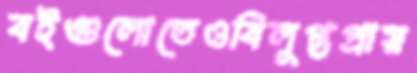
বইগুলোতেওবিলুপ্তপ্রায়